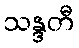
သန္ဒတီ